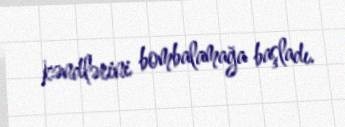
kəndlərini bombalamağa başladı.